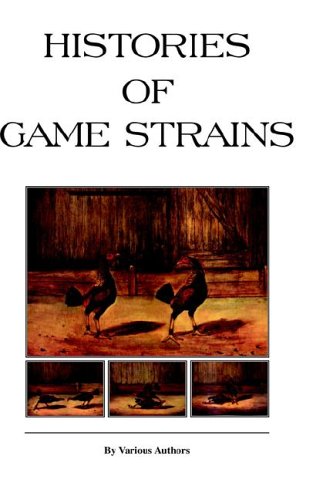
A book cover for Histories of Game Strains (History of Cockfighting Series); Various; Crafts, Hobbies & Home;